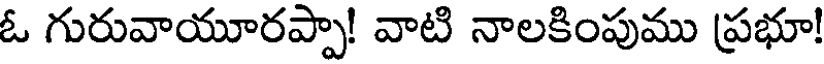
ఓ గురువాయూరప్పా! వాటి నాలకింపుము ప్రభూ!